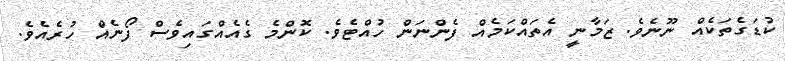
ކުޑަގެތަކެއް ނޫނެވެ. ޒަމާނީ އެތައްކަމެއް ފެންނަން ހުއްޓެވެ. ކޮންމެ ގެއެއްގައިވެސް ފޯނެއް ހުރެއެވެ.